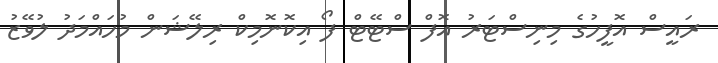
ރައީސް އޮފީހުގެ މިނިސްޓަރު އޮފް ސްޓޭޓް ފޯ އިކޮނޮމިކް ރިލޭޝަން މުހައްމަދު ލުވޭޒު